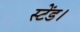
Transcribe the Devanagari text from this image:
स्टेंड।